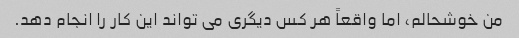
من خوشحالم، اما واقعاً هر کس دیگری می تواند این کار را انجام دهد.